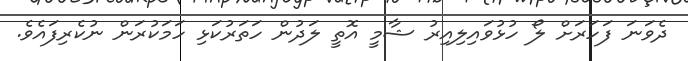
ދެވަނަ ފަހަރަށް ލޯ ހުޅުވައިލިއިރު ޝާމީ އޮތީ ލަދުން ހަތަރުކަޅި ހަމަކުރަން ނުކެރިފައެވެ.